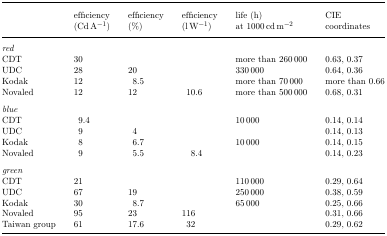
<table><thead><tr><td></td><td><b>efficiency</b></td><td><b>efficiency</b></td><td><b>efficiency</b></td><td><b>life (h)</b></td><td><b>CIE</b></td></tr><tr><td></td><td><b>(Cd A<sup>−1</sup>)</b></td><td><b>(%)</b></td><td><b>(l W<sup>−1</sup>)</b></td><td><b>at 1000 cd m<sup>−2</sup></b></td><td><b>coordinates</b></td></tr></thead><tbody><tr><td><i>red</i></td><td></td><td></td><td></td><td></td><td></td></tr><tr><td>CDT</td><td>30</td><td></td><td></td><td>more than 260 000</td><td>0.63, 0.37</td></tr><tr><td>UDC</td><td>28</td><td>20</td><td></td><td>330 000</td><td>0.64, 0.36</td></tr><tr><td>Kodak</td><td>12</td><td>8.5</td><td></td><td>more than 70 000</td><td>more than 0.66</td></tr><tr><td>Novaled</td><td>12</td><td>12</td><td>10.6</td><td>more than 500 000</td><td>0.68, 0.31</td></tr><tr><td><i>blue</i></td><td></td><td></td><td></td><td></td><td></td></tr><tr><td>CDT</td><td>9.4</td><td></td><td></td><td>10 000</td><td>0.14, 0.14</td></tr><tr><td>UDC</td><td>9</td><td>4</td><td></td><td></td><td>0.14, 0.13</td></tr><tr><td>Kodak</td><td>8</td><td>6.7</td><td></td><td>10 000</td><td>0.14, 0.15</td></tr><tr><td>Novaled</td><td>9</td><td>5.5</td><td>8.4</td><td></td><td>0.14, 0.23</td></tr><tr><td><i>green</i></td><td></td><td></td><td></td><td></td><td></td></tr><tr><td>CDT</td><td>21</td><td></td><td></td><td>110 000</td><td>0.29, 0.64</td></tr><tr><td>UDC</td><td>67</td><td>19</td><td></td><td>250 000</td><td>0.38, 0.59</td></tr><tr><td>Kodak</td><td>30</td><td>8.7</td><td></td><td>65 000</td><td>0.25, 0.66</td></tr><tr><td>Novaled</td><td>95</td><td>23</td><td>116</td><td></td><td>0.31, 0.66</td></tr><tr><td>Taiwan group</td><td>61</td><td>17.6</td><td>32</td><td></td><td>0.29, 0.62</td></tr></tbody></table>